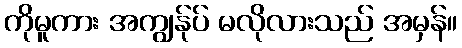
ကိုမူကား အကျွန်ုပ် မလိုလားသည် အမှန်။